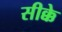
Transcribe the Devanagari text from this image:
सीक्के